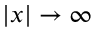
| x | \rightarrow \infty